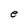
Character: e